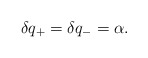
\begin{align*}\delta q_+=\delta q_-=\alpha .\end{align*}